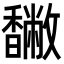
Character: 𩡡